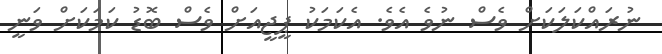
ނުރައްކަލަކަށް ވެސް ނުވެ އެވެ. އެކަމަކު ޕީޖީއަށް ވެސް ބޮޑު ކަމަކަށް ވަނީ